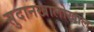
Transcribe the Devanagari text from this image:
सुदानखालोखाल